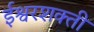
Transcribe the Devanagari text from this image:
ईश्वरशक्ती